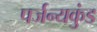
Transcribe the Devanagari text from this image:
पर्जन्यकुंड